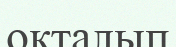
оқталып